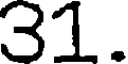
31.